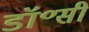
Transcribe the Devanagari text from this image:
डॉ॰सी